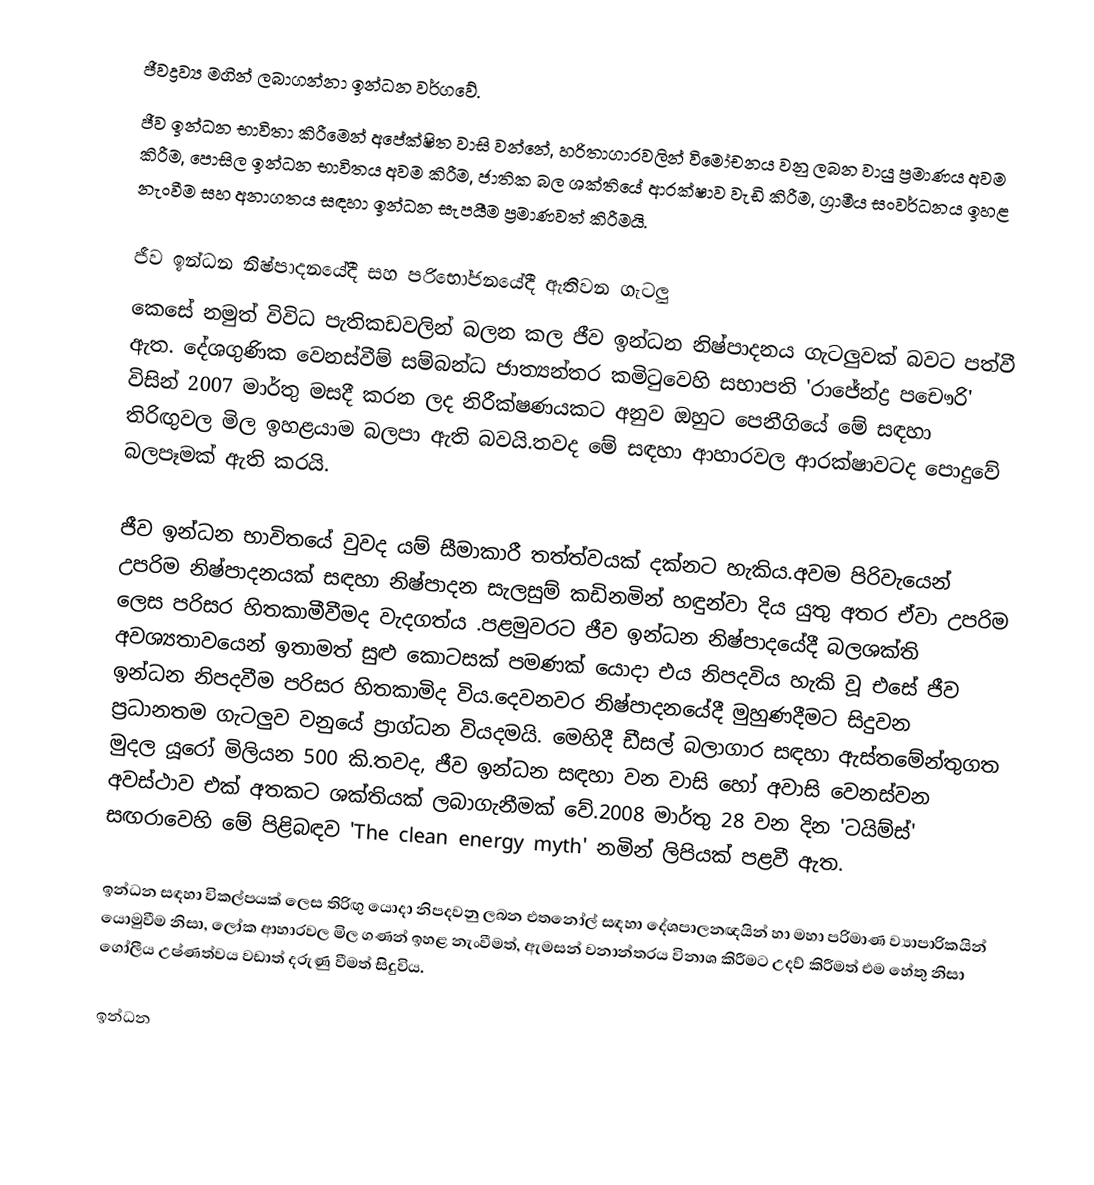
ජීවද්‍රව්‍ය මගින් ලබාගන්නා ඉන්ධන වර්ගවේ.
ජීව ඉන්ධන භාවිතා කිරීමෙන් අපේක්ෂිත වාසි වන්නේ, හරිතාගාරවලින් විමෝචනය වනු ලබන වායු ප්‍රමාණය අවම කිරීම, පොසිල ඉන්ධන භාවිතය අවම කිරීම, ජාතික බල ශක්තියේ ආරක්ෂාව වැඩි කිරීම, ග්‍රාමීය සංවර්ධනය ඉහළ නැංවීම සහ අනාගතය සඳහා ඉන්ධන සැපයීම ප්‍රමාණවත් කිරීමයි.

ජීව ඉන්ධන නිෂ්පාදනයේදී සහ පරිභෝජනයේදී ඇතිවන ගැටලු
කෙසේ නමුත් විවිධ පැතිකඩවලින් බලන කල ජීව ඉන්ධන නිෂ්පාදනය ගැටලුවක් බවට පත්වී ඇත. දේශගුණික වෙනස්වීම් සම්බන්ධ ජාත්‍යන්තර කමිටුවෙහි සභාපති 'රාජේන්ද්‍ර පචෞරි' විසින් 2007 මාර්තු මසදී කරන ලද නිරීක්ෂණයකට අනුව ඔහුට පෙනීගියේ  මේ සඳහා තිරිඟුවල මිල ඉහළයාම බලපා ඇති බවයි.තවද මේ සඳහා ආහාරවල ආරක්ෂාවටද පොදුවේ බලපෑමක් ඇති කරයි.

ජීව ඉන්ධන භාවිතයේ වුවද යම් සීමාකාරී තත්ත්වයක් දක්නට හැකිය.අවම පිරිවැයෙන් උපරිම නිෂ්පාදනයක් සඳහා නිෂ්පාදන සැලසුම් කඩිනමින් හඳුන්වා දිය යුතු අතර ඒවා උපරිම ලෙස පරිසර හිතකාමීවීමද වැදගත්ය .පළමුවරට ජීව ඉන්ධන නිෂ්පාදයේදී බලශක්ති අවශ්‍යතාවයෙන් ඉතාමත් සුළු කොටසක් පමණක් යොදා එය නිපදවිය හැකි වූ එසේ ජීව ඉන්ධන නිපදවීම පරිසර හිතකාමිද  විය.දෙවනවර නිෂ්පාදනයේදී මුහුණදීමට සිදුවන ප්‍රධානතම ගැටලුව වනුයේ ප්‍රාග්ධන වියදමයි. මෙහිදී ඩීසල් බලාගාර සඳහා ඇස්තමේන්තුගත මුදල යූරෝ මිලියන 500 කි.තවද, ජීව ඉන්ධන සඳහා වන වාසි හෝ අවාසි වෙනස්වන අවස්ථාව එක් අතකට ශක්තියක් ලබාගැනීමක් වේ.2008 මාර්තු 28 වන දින 'ටයිම්ස්' සඟරාවෙහි මේ පිළිබඳව 'The clean energy myth' නමින් ලිපියක් පළවී ඇත.

ඉන්ධන  සඳහා විකල්පයක් ලෙස තිරිඟු යොදා නිපදවනු ලබන එතනෝල් සඳහා දේශපාලනඥයින් හා මහා පරිමාණ  ව්‍යාපාරිකයින් යොමුවීම නිසා, ලෝක ආහාරවල මිල ගණන් ඉහළ නැංවීමත්, ඇමසන් වනාන්තරය විනාශ කිරීමට උදව් කිරීමත් එම හේතු නිසා ගෝලීය උෂ්ණත්වය වඩාත් දරුණු වීමත් සිදුවිය.

ඉන්ධන